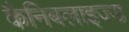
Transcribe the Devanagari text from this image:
कैनिबलाइज्ड